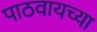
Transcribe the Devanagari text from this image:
पाठवायच्या